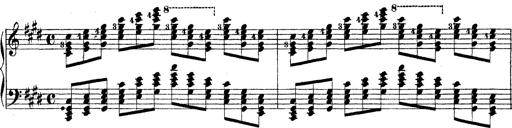
Title: Technische Studien
Composer: Franz Liszt